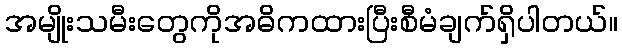
အမျိုးသမီးတွေကိုအဓိကထားပြီးစီမံချက်ရှိပါတယ်။